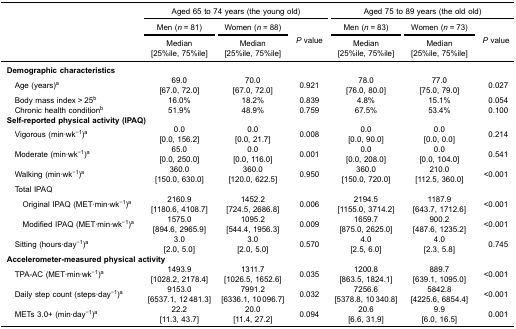
<table><thead><tr><td><b> </b></td><td colspan="3"><b>Aged 65 to 74 years (the young old)</b></td><td colspan="3"><b>Aged 75 to 89 years (the old old)</b></td></tr><tr><td><b> </b></td><td><b>Men (<i>n</i> = 81)</b></td><td><b>Women (<i>n</i> = 88)</b></td><td rowspan="3"><b><i>P</i> value</b></td><td><b>Men (<i>n</i> = 83)</b></td><td><b>Women (<i>n</i> = 73)</b></td><td rowspan="3"><b><i>P</i> value</b></td></tr><tr><td><b> </b></td><td><b>Median [25%ile, 75%ile]</b></td><td><b>Median [25%ile, 75%ile]</b></td><td><b>Median [25%ile, 75%ile]</b></td><td><b>Median [25%ile, 75%ile]</b></td></tr></thead><tbody><tr><td colspan="2"><b>Demographic characteristics</b></td><td> </td><td> </td><td> </td><td> </td><td> </td></tr><tr><td> Age (years)<sup>a</sup></td><td>69.0 [67.0, 72.0]</td><td>70.0 [67.0, 72.0]</td><td>0.921</td><td>78.0 [76.0, 80.0]</td><td>77.0 [75.0, 79.0]</td><td>0.027</td></tr><tr><td> Body mass index &gt; 25<sup>b</sup></td><td>16.0%</td><td>18.2%</td><td>0.839</td><td>4.8%</td><td>15.1%</td><td>0.054</td></tr><tr><td> Chronic health condition<sup>b</sup></td><td>51.9%</td><td>48.9%</td><td>0.759</td><td>67.5%</td><td>53.4%</td><td>0.100</td></tr><tr><td colspan="2"><b>Self-reported physical activity (IPAQ)</b></td><td> </td><td> </td><td> </td><td> </td><td> </td></tr><tr><td> Vigorous (min·wk<sup>−1</sup>)<sup>a</sup></td><td>0.0 [0.0, 156.2]</td><td>0.0 [0.0, 21.7]</td><td>0.008</td><td>0.0 [0.0, 90.0]</td><td>0.0 [0.0, 0.0]</td><td>0.214</td></tr><tr><td> Moderate (min·wk<sup>−1</sup>)<sup>a</sup></td><td>65.0 [0.0, 250.0]</td><td>0.0 [0.0, 116.0]</td><td>0.001</td><td>0.0 [0.0, 208.0]</td><td>0.0 [0.0, 104.0]</td><td>0.541</td></tr><tr><td> Walking (min·wk<sup>−1</sup>)<sup>a</sup></td><td>360.0 [150.0, 630.0]</td><td>360.0 [120.0, 622.5]</td><td>0.950</td><td>360.0 [150.0, 720.0]</td><td>210.0 [112.5, 360.0]</td><td>&lt;0.001</td></tr><tr><td> Total IPAQ</td><td> </td><td> </td><td> </td><td> </td><td> </td><td> </td></tr><tr><td>Original IPAQ (MET·min·wk<sup>−1</sup>)<sup>a</sup></td><td>2160.9 [1180.6, 4108.7]</td><td>1452.2 [724.5, 2686.8]</td><td>0.006</td><td>2194.5 [1155.0, 3714.2]</td><td>1187.9 [643.7, 1712.6]</td><td>&lt;0.001</td></tr><tr><td>Modified IPAQ (MET·min·wk<sup>−1</sup>)<sup>a</sup></td><td>1575.0 [894.6, 2965.9]</td><td>1095.2 [544.4, 1956.3]</td><td>0.009</td><td>1659.7 [875.0, 2625.0]</td><td>900.2 [487.6, 1235.2]</td><td>&lt;0.001</td></tr><tr><td> Sitting (hours·day<sup>−1</sup>)<sup>a</sup></td><td>3.0 [2.0, 5.0]</td><td>3.0 [2.0, 5.0]</td><td>0.570</td><td>4.0 [2.5, 6.0]</td><td>4.0 [2.3, 5.8]</td><td>0.745</td></tr><tr><td colspan="2"><b>Accelerometer-measured physical activity</b></td><td> </td><td> </td><td> </td><td> </td><td> </td></tr><tr><td> TPA-AC (MET·min·wk<sup>−1</sup>)<sup>a</sup></td><td>1493.9 [1028.2, 2178.4]</td><td>1311.7 [1026.5, 1652.6]</td><td>0.035</td><td>1200.8 [863.5, 1824.1]</td><td>889.7 [639.1, 1095.0]</td><td>&lt;0.001</td></tr><tr><td> Daily step count (steps·day<sup>−1</sup>)<sup>a</sup></td><td>9153.0 [6537.1, 12 481.3]</td><td>7991.2 [6336.1, 10 096.7]</td><td>0.032</td><td>7256.6 [5378.8, 10 340.8]</td><td>5842.8 [4225.6, 6854.4]</td><td>&lt;0.001</td></tr><tr><td> METs 3.0+ (min·day<sup>−1</sup>)<sup>a</sup></td><td>22.2 [11.3, 43.7]</td><td>20.0 [11.4, 27.2]</td><td>0.094</td><td>20.6 [6.6, 31.9]</td><td>9.9 [6.0, 16.5]</td><td>0.001</td></tr></tbody></table>